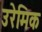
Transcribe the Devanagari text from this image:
उरेमिक